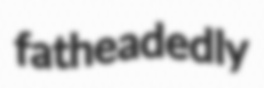
fatheadedly